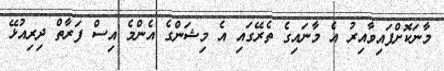
މާނަކޮށްފައިވާއިރު އެ މާނައިގެ ތެރޭގައި އެ މިޝަންގެ އެންމެ އިސް ފަރާތް ދިރިއުޅޭ